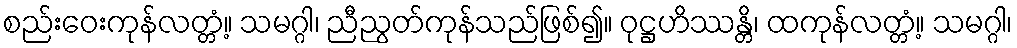
စည်းဝေးကုန်လတ္တံ့။ သမဂ္ဂါ၊ ညီညွတ်ကုန်သည်ဖြစ်၍။ ဝုဋ္ဌဟိဿန္တိ၊ ထကုန်လတ္တံ့။ သမဂ္ဂါ၊